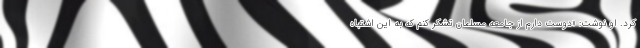
کرد. او نوشت: «دوست دارم از جامعه مسلمان تشکر کنم که به این اشتباه